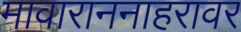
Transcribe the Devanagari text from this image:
मावाराननाहरावर